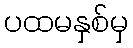
ပထမနှစ်မှ